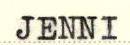
JENNI